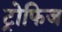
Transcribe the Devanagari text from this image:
ट्रोफिज